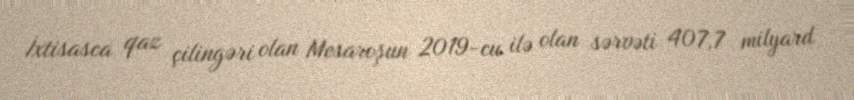
İxtisasca qaz çilingəri olan Mesaroşun 2019-cu ilə olan sərvəti 407,7 milyard